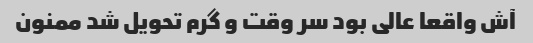
آش واقعا عالی بود سر وقت و گرم تحویل شد ممنون